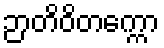
ဉာတိဝိတက္ကော